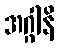
အဂ္ဂါနိ